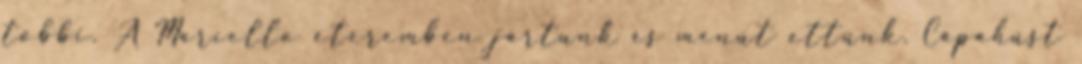
többi. A Marcello éteremben jártunk és menüt ettünk. Cápahúst